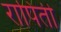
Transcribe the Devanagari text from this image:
रापिती